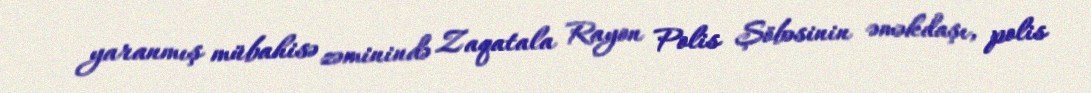
yaranmış mübahisə zəminində Zaqatala Rayon Polis Şöbəsinin əməkdaşı, polis